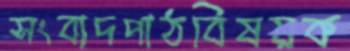
সংবাদপাঠবিষয়ক